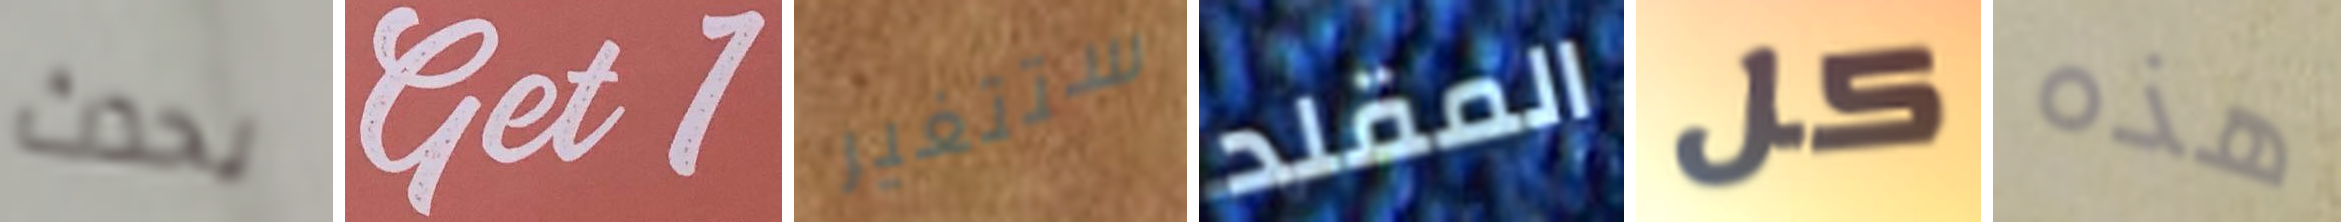
يحدث Get1 ستتغير المقلد كل هذه